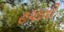
હયાતી